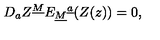
{ D } _ { a } Z ^ { \underline { M } } E _ { \underline { M } } { } ^ { \underline { a } } ( Z ( z ) ) = 0 ,